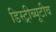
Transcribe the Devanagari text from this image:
डिस्ट्रीब्यूटीव